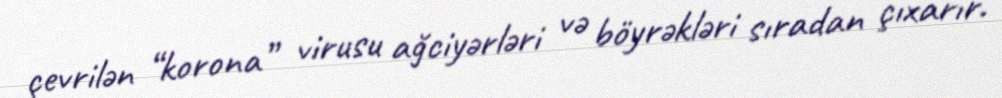
çevrilən “korona” virusu ağciyərləri və böyrəkləri sıradan çıxarır.